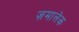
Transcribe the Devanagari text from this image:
ज़मालेक